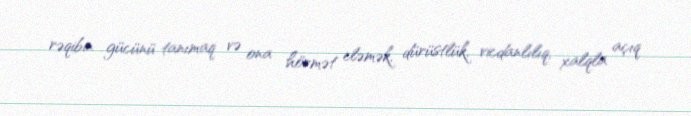
rəqibin gücünü tanımaq və ona hörmət eləmək, dürüstlük, vicdanlılıq, xalqla açıq